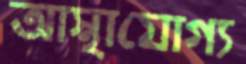
আস্থাযোগ্য